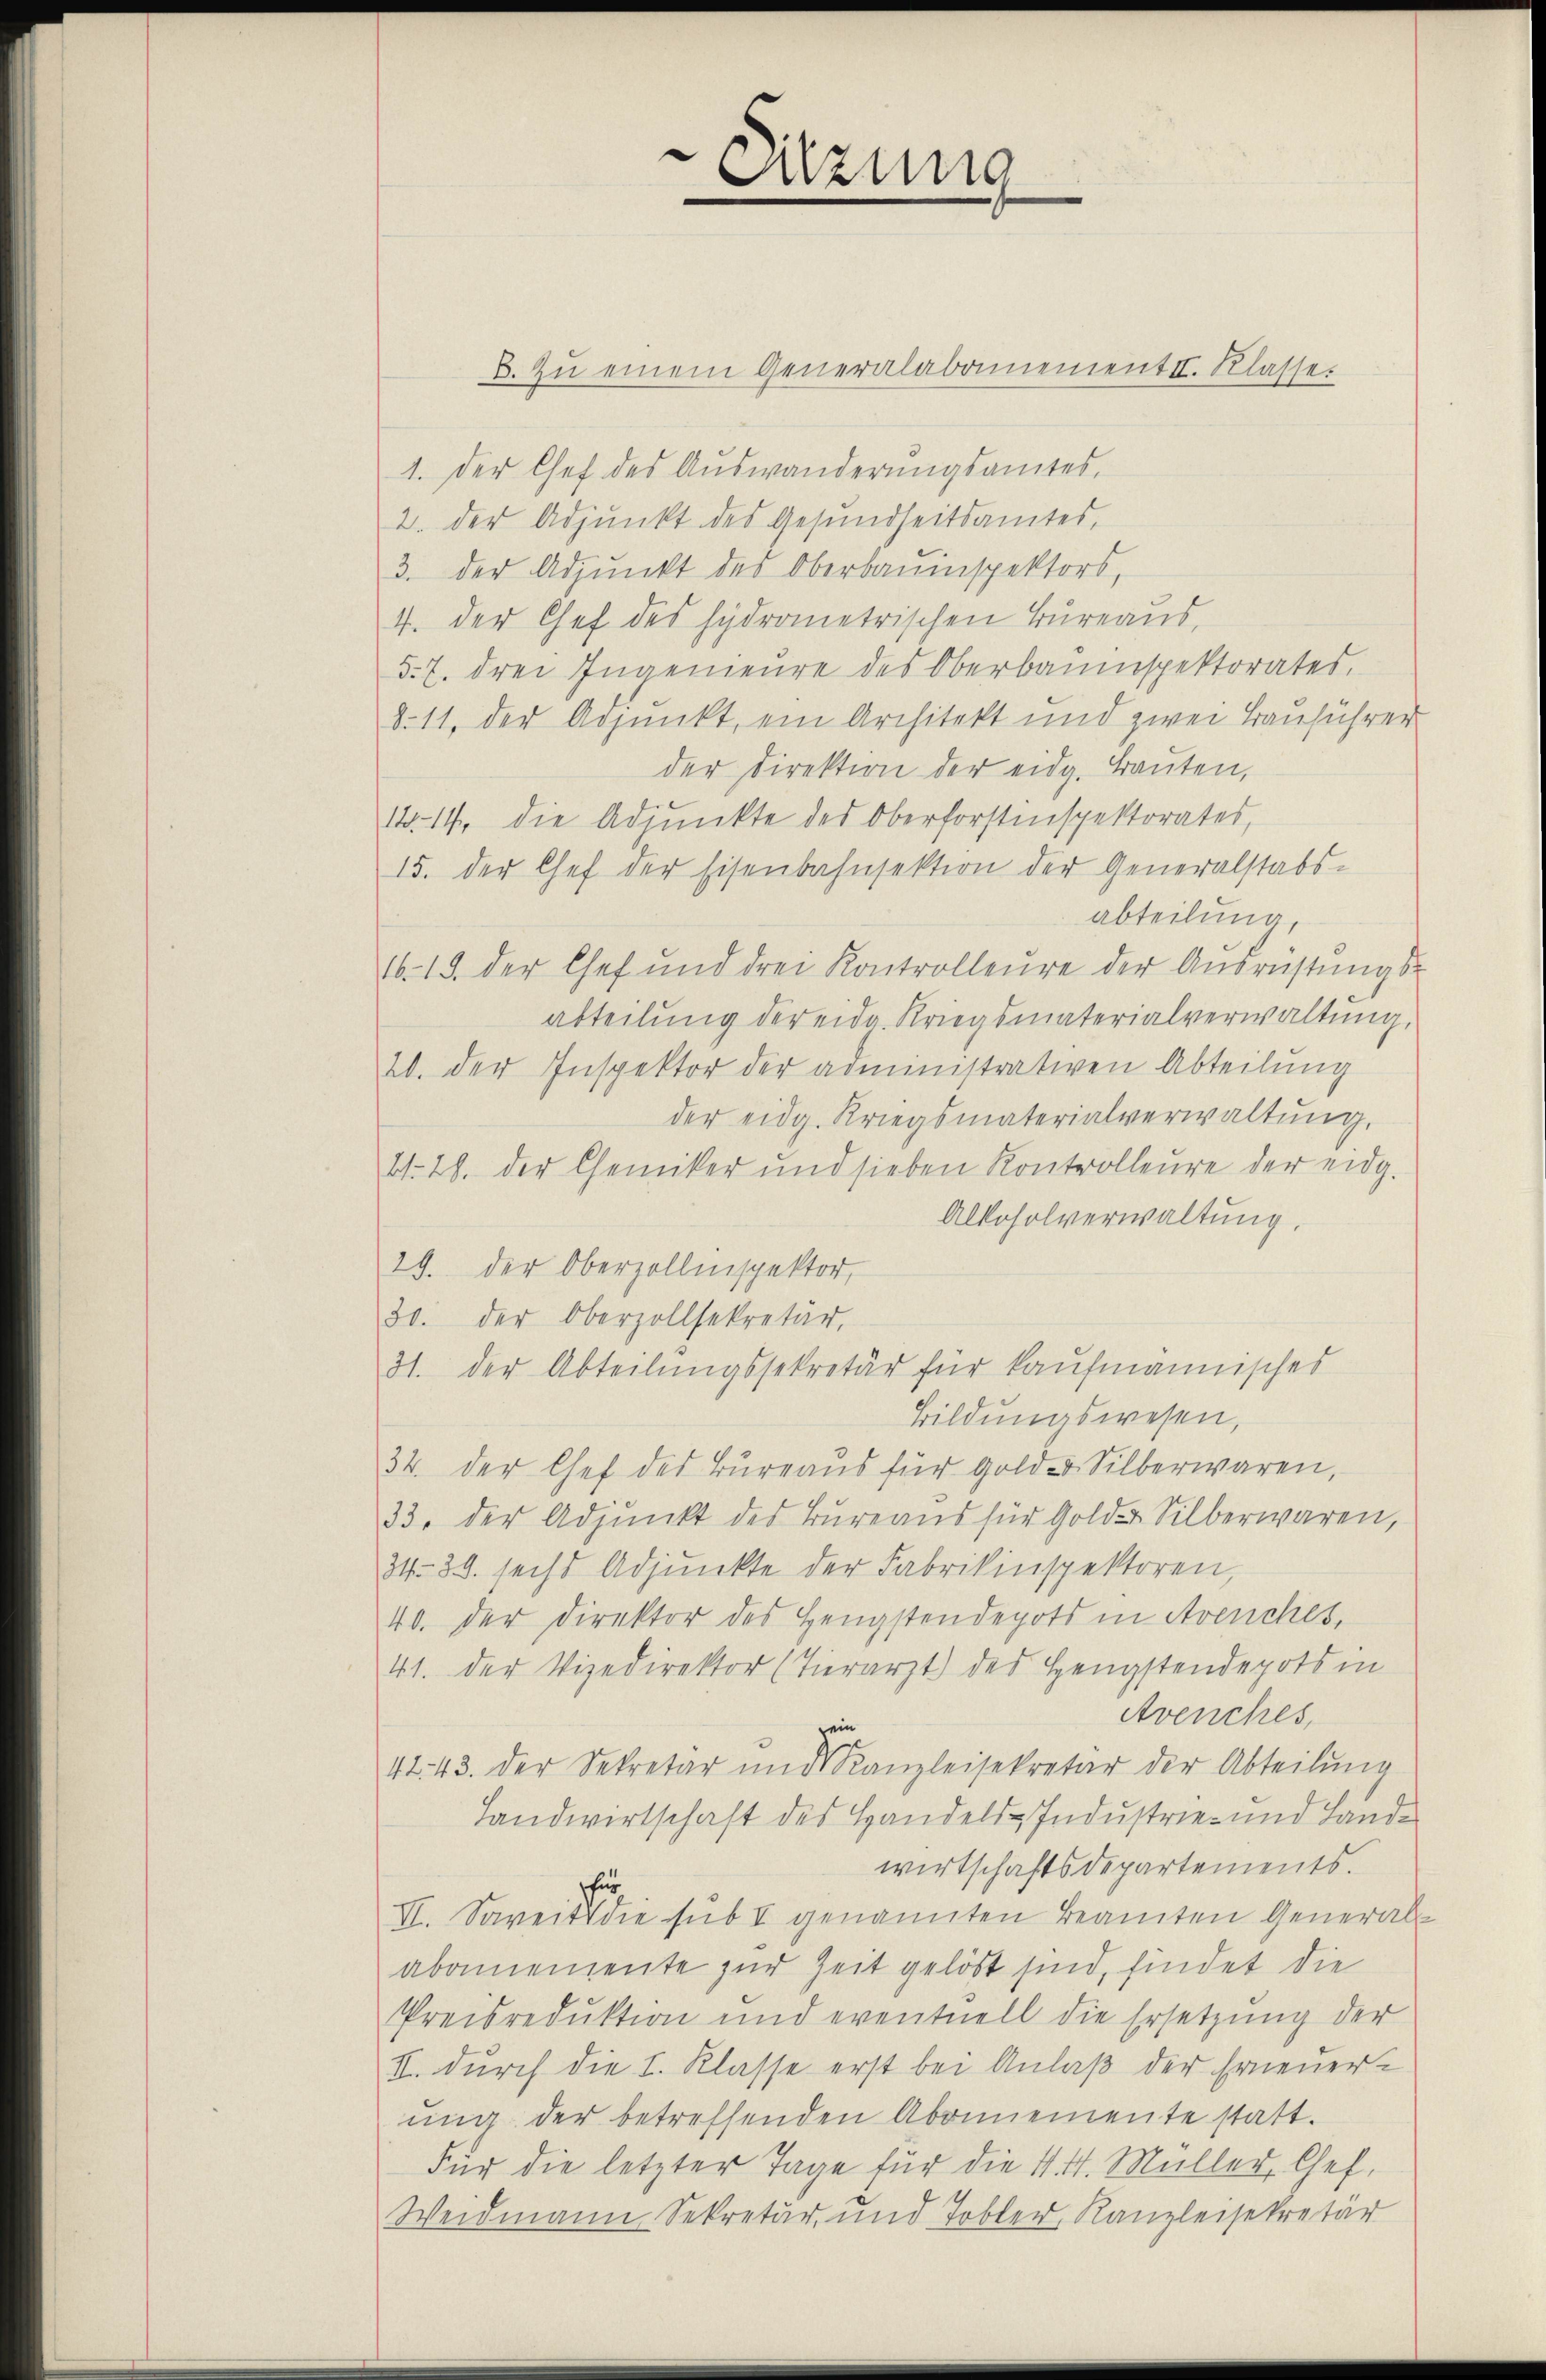
B. Zu einem Generalabamement II. Klasse.
1. Der Chef des Auswanderungsamtes,
2. der Adjunkt des Gesundheitsamtes,
3. der Adjunkt des Oberbauinspektors,
4. der Chef des hydrometrischen Bureaus,
§. 7. drei Ingenieure des Oberbauinspektorates.
d. 11, der Adjunkt, ein Architekt und zwei Bauführer
der Direktion der eidg. Brauten,
1414, die Adjunkte des Oberforstinspektorates,
15. der Chef der Eisenbahnsektion der Generalstabs-
abteilung,
16. 15. der Chef und drei Kontrolleure der Ausrüstungsabteilung der eidg. Kriegsmaterialverwaltung,
20. der Inspektor der administrativen Abteilung
der eidg. Kriegsmaterialverwaltŭng.
bt. 28. der Chemiker und sieben Kontrolleure der eidg.
Alkoholverwaltung.
29. der Oberzollinspektor,
30. der Oberzollsekretär,
31. der Abteilungssekretär für kaufmännisches
Bildungswesen,
32. der Chef des Büreaŭs für Gold- u. Silberwaren,
33. der Adjunkt des Büreaŭs für Gold- Silberwaren,
34. 39. sechs Adjunkte der Fabrikinspektoren,
40. Der Direktor des Hengstendepots in Avenches,
41. der Vizedirektor (Tierarzt des Hengstendepots in
Avenches,
ein
42. 43. Der Sekretär und Kanzleisekretär der Abteilŭng
Landwirtschaft des Handels-Industrie- und Landwirtschaftsdepartements.
hür
II. Soweit die sub I genannten Beamten General-
abonnemente zur Zeit gelöst sind, findet die
Preisreduktion und eventuell die Ersetzung der
II. durch die I. Klasse erst bei Anlaß der Erneuerŭng der betreffenden Abonnemente statt.
Für die letzter Tage für die 4. 4. Müller, Chef,
Weidmann Sekretär, und Tobler, Kanzleisekretär

Eizung